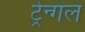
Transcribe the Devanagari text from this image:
ट्रेन्गल